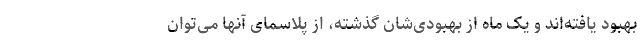
بهبود یافته‌اند و یک ماه از بهبودی‌شان گذشته، از پلاسمای آنها می‌توان